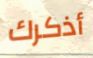
أذكرك